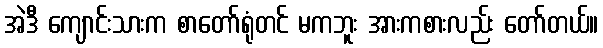
အဲဒီ ကျောင်းသားက စာတော်ရုံတင် မကဘူး အားကစားလည်း တော်တယ်။